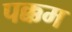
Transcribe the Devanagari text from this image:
पक्कम